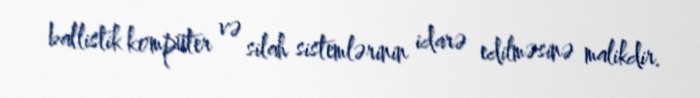
ballistik kompüter və silah sistemlərinin idarə edilməsinə malikdir.